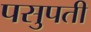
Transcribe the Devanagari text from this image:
पसुपती